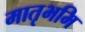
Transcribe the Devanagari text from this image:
मातृभमि